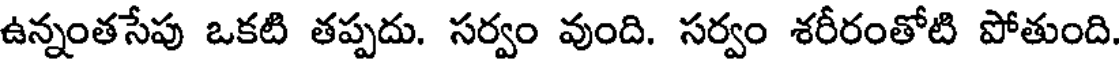
ఉన్నంతసేపు ఒకటి తప్పదు. సర్వం వుంది. సర్వం శరీరంతోటి పోతుంది.